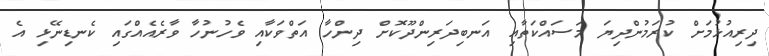
ދިރިއުޅުމަށް ކުރަމުންދިޔަ މަސައްކަތާއި އަނބިދަރިންދޫކޮށް ދިންހާ އަތްވަކާއި ވެހުނުހާ ވާރެއެއްގައި ކެނޑިނޭޅި އެ